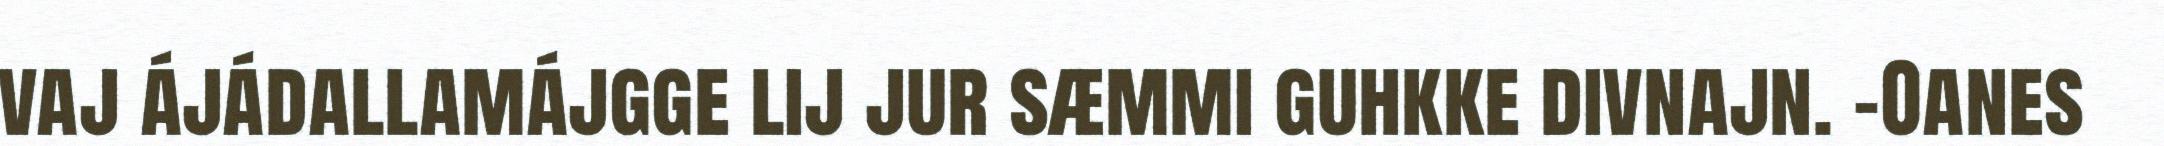
vaj ájádallamájgge lij jur sæmmi guhkke divnajn. –Oanes